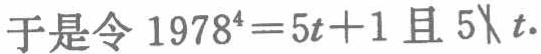
于是令 \(1978^{4}=5t + 1\) 且 \(5\nmid t\).